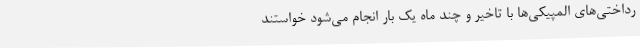
رداختی‌های المپیکی‌ها با تاخیر و چند ماه یک بار انجام می‌شود خواستند